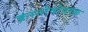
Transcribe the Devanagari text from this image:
क्रस्नोवोदस्क